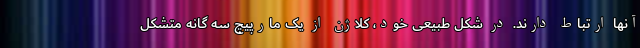
آنها ارتباط دارند. در شکل طبیعی خود، کلاژن از یک مارپیچ سه گانه متشکل